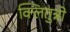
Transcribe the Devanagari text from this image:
क्लितुन्नो